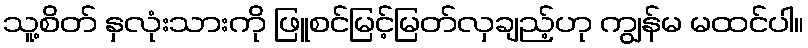
သူ့စိတ် နှလုံးသားကို ဖြူစင်မြင့်မြတ်လှချည့်ဟု ကျွန်မ မထင်ပါ။